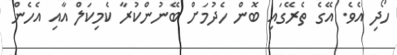
ހޯދި އެވެ. އޭގެ ތެރޭގައި ބޮން ހެދުމަށް ބޭނުންކުރާ ކެމިކަލް އާއި އެހެން